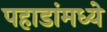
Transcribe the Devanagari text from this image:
पहाडांमध्ये